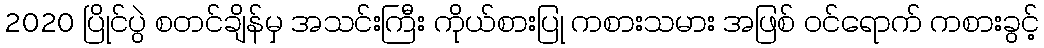
2020 ပြိုင်ပွဲ စတင်ချိန်မှ အသင်းကြီး ကိုယ်စားပြု ကစားသမား အဖြစ် ဝင်ရောက် ကစားခွင့်